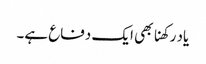
یاد رکھنا بھی ایک دفاع ہے۔